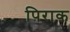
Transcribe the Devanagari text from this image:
पिराक